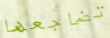
تضاجعها